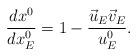
LaTeX: \begin{align*}\frac{dx^0}{dx^0_E} = 1 - \frac{\vec{u}_E \vec v_E}{u^0_E}.\end{align*}